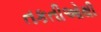
તકતીઓથી